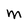
Character: m